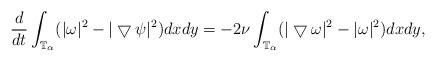
LaTeX: \begin{align*}\frac{d}{dt}\int_{\mathbb{T}_{\alpha}}(|\omega|^{2}-|\bigtriangledown\psi|^{2})dxdy=-2\nu\int_{\mathbb{T}_{\alpha}}(|\bigtriangledown\omega|^{2}-|\omega|^{2})dxdy, \end{align*}